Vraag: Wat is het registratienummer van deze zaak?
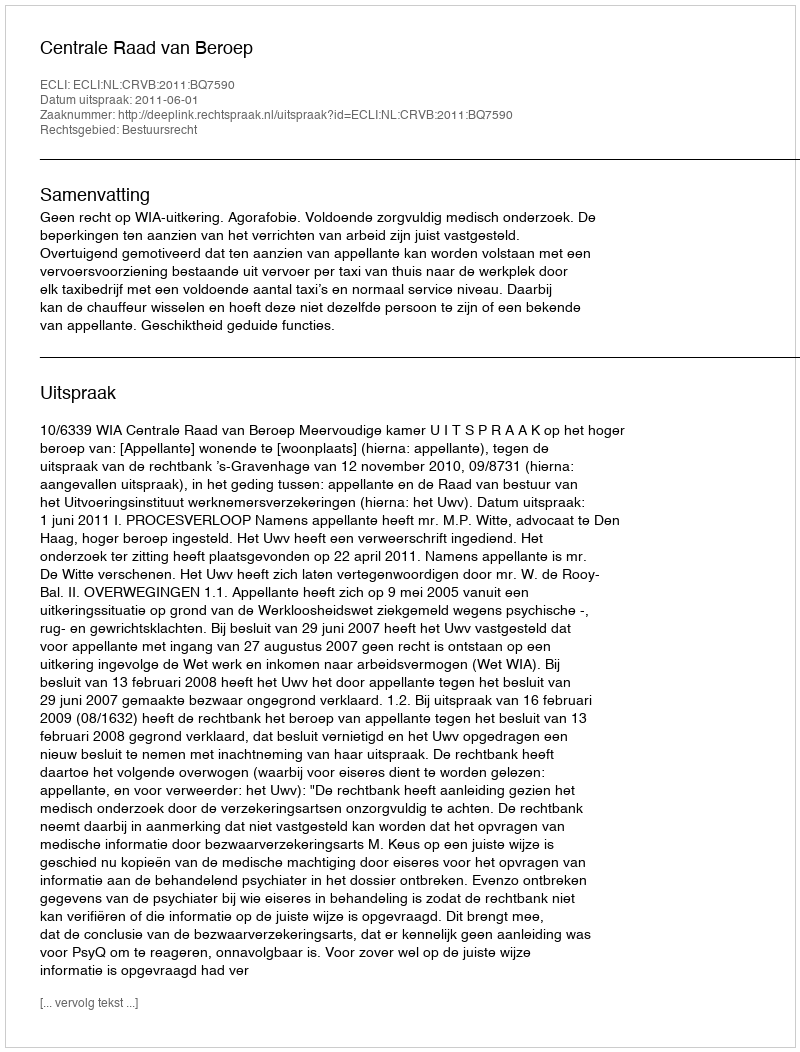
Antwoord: http://deeplink.rechtspraak.nl/uitspraak?id=ECLI:NL:CRVB:2011:BQ7590